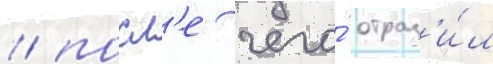
/ посл'е чего́ отраз'и́л